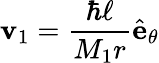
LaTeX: \mathbf{v}_{1}=\frac{\hbar\ell}{M_{1}r}\hat{\mathbf{e}}_{\theta}